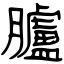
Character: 臚